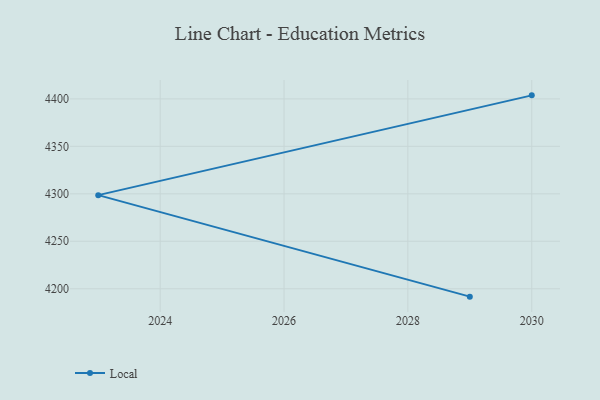
{"axis": {"x": "Year", "y": "Active Users"}, "legend": ["Local"], "data": [{"x": "2030", "y": 4403.7, "type": "Local"}, {"x": "2023", "y": 4298.6, "type": "Local"}, {"x": "2029", "y": 4191.7, "type": "Local"}]}